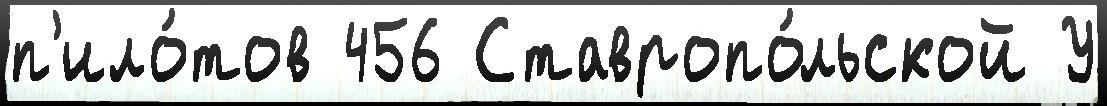
п'ило́тов 456 Ставропо́льской У